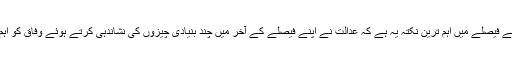
الجہاد ٹرسٹ کیس کے فیصلے میں اہم ترین نکتہ یہ ہے کہ عدالت نے اپنے فیصلے کے آخر میں چند بنیادی چیزوں کی نشاندہی کرتے ہوئے وفاق کو اہم احکامات دیئے ہیں۔